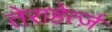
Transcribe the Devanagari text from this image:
तेराहेर्त्ज़